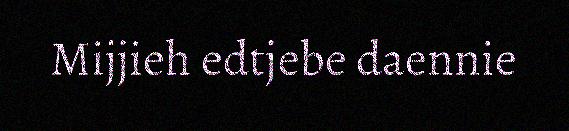
Mijjieh edtjebe daennie